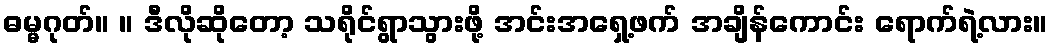
ဓမ္မဂုတ်။ ။ ဒီလိုဆိုတော့ သရိုင်ရွာသွားဖို့ အင်းအရှေ့ဖက် အချိန်ကောင်း ရောက်ရဲ့လား။